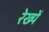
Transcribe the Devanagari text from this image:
रेख्यें